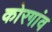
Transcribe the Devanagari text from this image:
कोरगांव